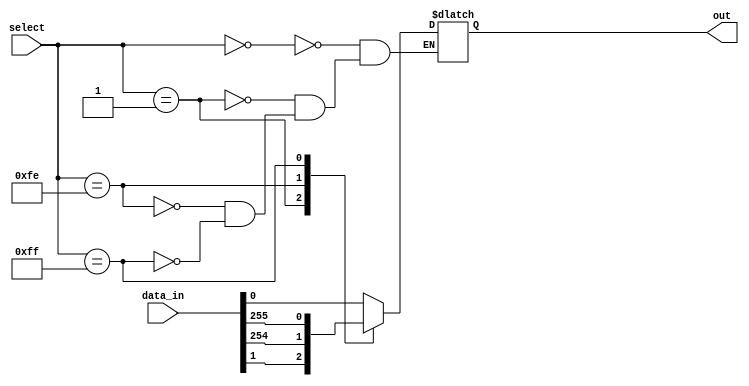
module mux_256to1 (
    input [255:0] data_in,
    input [7:0] select,
    output reg out
);

always @(*) begin
    case (select)
        8'b00000000: out = data_in[0];
        8'b00000001: out = data_in[1];
        //continue for all 256 input data sources
        8'b11111110: out = data_in[254];
        8'b11111111: out = data_in[255];
    endcase
end

endmodule